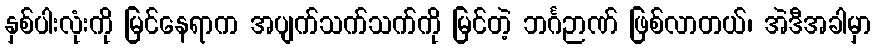
နှစ်ပါးလုံးကို မြင်နေရာက အပျက်သက်သက်ကို မြင်တဲ့ ဘင်္ဂဉာဏ် ဖြစ်လာတယ်၊ အဲဒီအခါမှာ